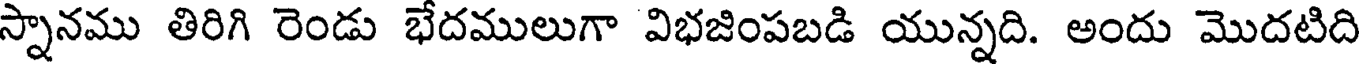
స్నానము తిరిగి రెండు భేదములుగా విభజింపబడి యున్నది. అందు మొదటిది